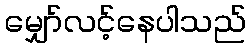
မျှော်လင့်နေပါသည်